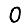
Digit: 0